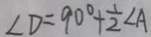
\angle D = 9 0 ^ { \circ } + \frac { 1 } { 2 } \angle A